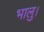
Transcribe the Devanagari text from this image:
भालु।